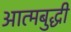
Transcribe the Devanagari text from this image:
आत्मबुद्धी